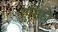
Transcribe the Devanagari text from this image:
एसिरी